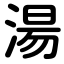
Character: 湯